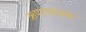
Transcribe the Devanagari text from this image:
ऋणायाचक